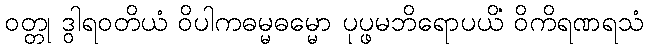
ဝတ္တု ဒွါရဝတိယံ ဝိပါကဓမ္မဓမ္မော ပုပ္ဖမဘိရောပယိံ ဝိကိရဏရသံ